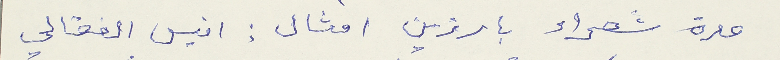
عدة شعراء بارزين امثال: انيس الغغالي